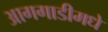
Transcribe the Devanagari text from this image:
आगगाडीमधे